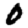
Digit: 0